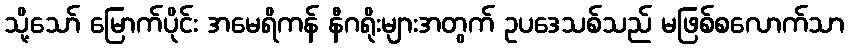
သို့သော် မြောက်ပိုင်း အမေရိကန် နီဂရိုးများအတွက် ဥပဒေသစ်သည် မဖြစ်စလောက်သာ